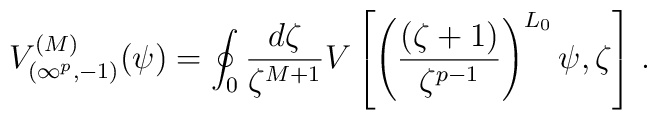
V_{(\infty^p,-1)}^{(M)}(\psi) = \oint_0\frac{d\zeta}{\zeta^{M+1}} V\left[\left(\frac{(\zeta+1)}{\zeta^{p-1}}\right)^{L_0} \psi,\zeta \right] \,.